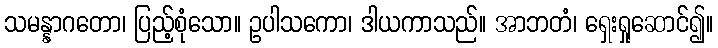
သမန္နာဂတော၊ ပြည့်စုံသော။ ဥပါသကော၊ ဒါယကာသည်။ အာဘတံ၊ ရှေးရှုဆောင်၍။